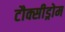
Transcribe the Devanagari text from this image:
टौक्सीड्रोम